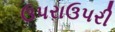
ઉપરાઉપરી